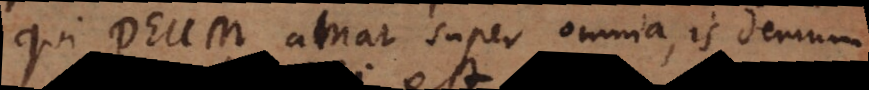
Qui Deum amat super omnia, is demum